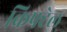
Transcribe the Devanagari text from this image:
क्रिफ्टेल